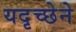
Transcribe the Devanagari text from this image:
यदृच्छेने